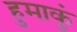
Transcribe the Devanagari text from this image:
हुमाकुं